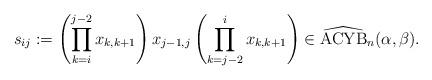
LaTeX: \begin{gather*}s_{ij}:= \left( \prod_{k=i}^{j-2} x_{k,k+1} \right) x_{j-1,j} \left( \prod_{k=j-2}^{i} x_{k,k+1} \right) \in{\widehat{{\rm ACYB}}}_n(\alpha,\beta).\end{gather*}